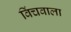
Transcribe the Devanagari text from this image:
विंचवाला